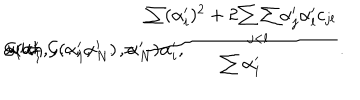
\alpha _ { i } = { \cal { G } } ( \alpha _ { 1 } ^ { \prime } , \ldots , \alpha _ { N } ^ { \prime } ) \alpha _ { i } ^ { \prime } , \hspace { 1 0 m m } \mathrm { w i t h } \hspace { 5 m m } { \cal { G } } ( \alpha _ { 1 } ^ { \prime } , \ldots , \alpha _ { N } ^ { \prime } ) = \frac { \sum ( \alpha _ { i } ^ { \prime } ) ^ { 2 } + 2 \! \begin{array} { c } { { { } } } \\ { { { \sum \sum } } } \\ { { { } _ { j < l } } } \\ \end{array} \! \alpha _ { j } ^ { \prime } \alpha _ { l } ^ { \prime } c _ { j l } } { \sum \alpha _ { i } ^ { \prime } } .